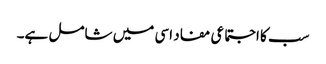
سب کا اجتماعی مفاد اسی میں شامل ہے۔